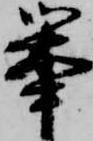
挙